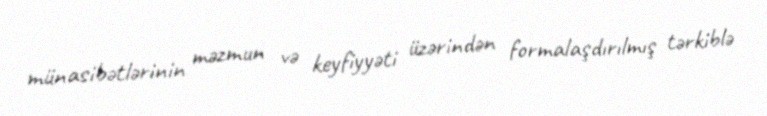
münasibətlərinin məzmun və keyfiyyəti üzərindən formalaşdırılmış tərkiblə